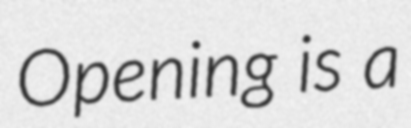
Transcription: Opening is a